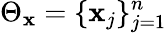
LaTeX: \Theta_{\mathbf{x}}=\{ \mathbf{x}_{j}\} _{j=1}^{n}